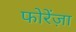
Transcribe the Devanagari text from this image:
फोरेंज़ा